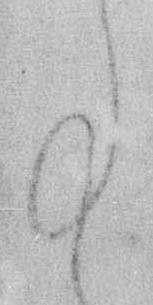
事